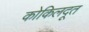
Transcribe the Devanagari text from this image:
कोकिलदूत